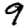
Digit: 9